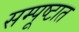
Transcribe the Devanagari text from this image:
सम्पूष्टात